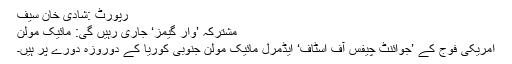
رپورٹ :شادی خان سیف
مشترکہ ’وار گیمز‘ جاری رہیں گی: مائیک مولن
امریکی فوج کے ’جوائنٹ چیفس آف اسٹاف‘ ایڈمرل مائیک مولن جنوبی کوریا کے دوروزہ دورے پر ہیں۔